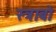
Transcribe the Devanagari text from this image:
स्त्राबो